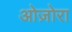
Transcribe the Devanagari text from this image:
ओज़ोरा